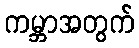
ကမ္ဘာအတွက်